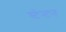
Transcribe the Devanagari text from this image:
स्टेन्टन